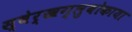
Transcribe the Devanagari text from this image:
स्वेर्खग्लुबोकाया